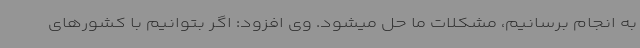
به انجام برسانیم، مشکلات ما حل میشود. وی افزود: اگر بتوانیم با کشورهای